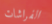
الفراشات